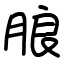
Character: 朖